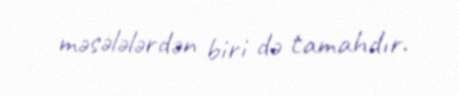
məsələlərdən biri də tamahdır.